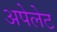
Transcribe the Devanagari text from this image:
अपेलेट